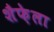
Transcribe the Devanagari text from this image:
शैफ़ेला